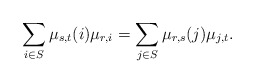
\begin{align*}\sum_{i\in S}\mu_{s,t}(i)\mu_{r,i} =\sum_{j\in S}\mu_{r,s}(j)\mu_{j,t}.\end{align*}